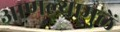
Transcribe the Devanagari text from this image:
आणल्यामुळें